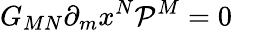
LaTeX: G_{MN}\partial_{m}x^{N}{\cal P}^{M}=0~~~